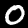
Digit: 0